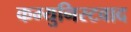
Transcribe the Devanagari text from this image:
कम्युनिस्टवाद